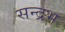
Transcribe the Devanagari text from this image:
सन्द्रभ